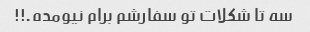
سه تا شکلات تو سفارشم برام نیومده.!!